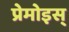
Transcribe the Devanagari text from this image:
प्रेमोइस्